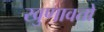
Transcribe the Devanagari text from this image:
खुणावतो